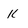
Character: K